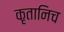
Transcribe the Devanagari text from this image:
कृतानिच